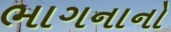
ભાગનાનો